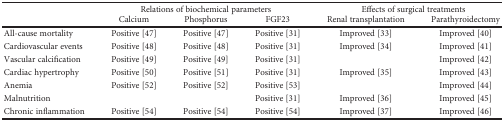
| <ROWSPAN=2>  | <COLSPAN=3> Relations of biochemical parameters | <COLSPAN=2> Effects of surgical treatments |
 | Calcium | Phosphorus | FGF23 | Renal transplantation | Parathyroidectomy |
 | --- | --- | --- | --- | --- | --- |
 | All-cause mortality | Positive [47] | Positive [47] | Positive [31] | Improved [33] | Improved [40] |
 | Cardiovascular events | Positive [48] | Positive [48] | Positive [31] | Improved [34] | Improved [41] |
 | Vascular calcification | Positive [49] | Positive [49] | Positive [31] |  | Improved [42] |
 | Cardiac hypertrophy | Positive [50] | Positive [51] | Positive [31] | Improved [35] | Improved [43] |
 | Anemia | Positive [52] | Positive [52] | Positive [53] |  | Improved [44] |
 | Malnutrition |  |  | Positive [31] | Improved [36] | Improved [45] |
 | Chronic inflammation | Positive [54] | Positive [54] | Positive [54] | Improved [37] | Improved [46] |